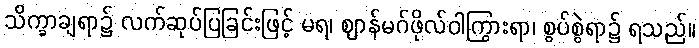
သိက္ခာချရာ၌ လက်ဆုပ်ပြခြင်းဖြင့် မရ၊ ဈာန်မဂ်ဖိုလ်ဝါကြွားရာ၊ စွပ်စွဲရာ၌ ရသည်။